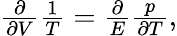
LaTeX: \begin{array}{r}{\frac{\partial}{\partial V}\frac{1}{T}=\frac{\partial}{E}\frac{p}{\partial T},}\end{array}